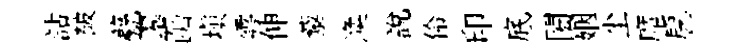
詁皷甍翆函填雩伸藜渙説伶印底閎姻尘廑戹